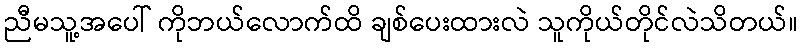
ညီမသူ့အပေါ် ကိုဘယ်လောက်ထိ ချစ်ပေးထားလဲ သူကိုယ်တိုင်လဲသိတယ်။